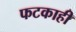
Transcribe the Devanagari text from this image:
फटकाही